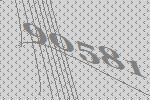
90581